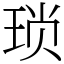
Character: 琐